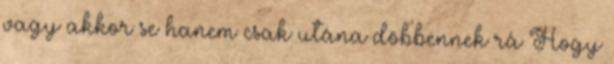
vagy akkor se hanem csak utána döbbennek rá Hogy